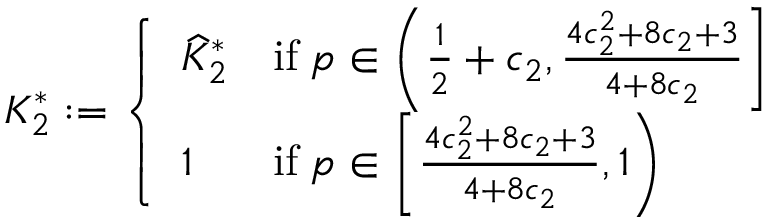
K _ { 2 } ^ { * } : = \left\{ \begin{array} { l l } { \widehat { K } _ { 2 } ^ { * } } & { \mathrm { i f } \; p \in \left( \frac { 1 } { 2 } + c _ { 2 } , \frac { 4 c _ { 2 } ^ { 2 } + 8 c _ { 2 } + 3 } { 4 + 8 c _ { 2 } } \right] } \\ { 1 } & { \mathrm { i f } \; p \in \left[ \frac { 4 c _ { 2 } ^ { 2 } + 8 c _ { 2 } + 3 } { 4 + 8 c _ { 2 } } , 1 \right) } \end{array} \right.